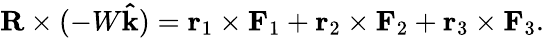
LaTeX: \mathbf{R}\times(-W\mathbf{\hat{k}})=\mathbf{r}_{1}\times\mathbf{F}_{1}+\mathbf{r}_{2}\times\mathbf{F}_{2}+\mathbf{r}_{3}\times\mathbf{F}_{3}.